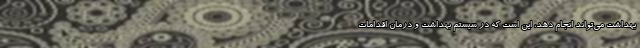
بهداشت می‌تواند انجام دهد، این است که در سیستم بهداشت و درمان اقدامات